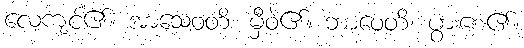
လေ့ကျင့်၏။ အာသေဝတိ၊ မှီဝဲ၏။ ဘာဝေတိ၊ ပွားစေ၏။